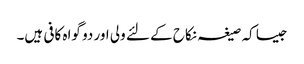
جیسا کہ صیغہ نکاح کے لئے ولی اور دو گواہ کافی ہیں۔